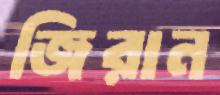
জিরান